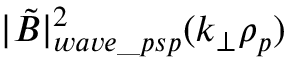
| \tilde { B } | _ { w a v e \_ p s p } ^ { 2 } ( k _ { \perp } \rho _ { p } )